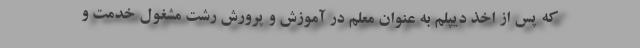
که پس از اخذ دیپلم به عنوان معلم در آموزش و پرورش رشت مشغول خدمت و